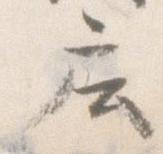
庄